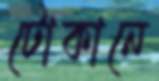
টোকানে